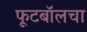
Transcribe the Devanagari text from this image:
फूटबॉलचा